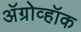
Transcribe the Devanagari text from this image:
अॅग्रोव्हॉक